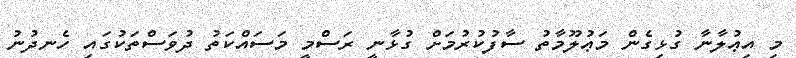
މި އިޢުލާނާ ގުޅިގެން މަޢުލޫމާތު ސާފުކުރުމަށް ގުޅާނީ ރަސްމީ މަސައްކަތު ދުވަސްތަކުގައި ހެނދުނު